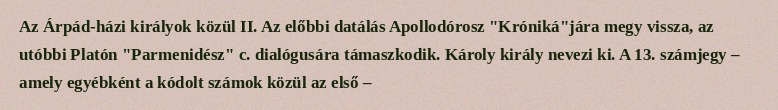
Az Árpád-házi királyok közül II. Az előbbi datálás Apollodórosz "Króniká"jára megy vissza, az utóbbi Platón "Parmenidész" c. dialógusára támaszkodik. Károly király nevezi ki. A 13. számjegy – amely egyébként a kódolt számok közül az első –